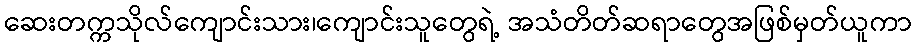
ဆေးတက္ကသိုလ်ကျောင်းသား၊ကျောင်းသူတွေရဲ့ အသံတိတ်ဆရာတွေအဖြစ်မှတ်ယူကာ